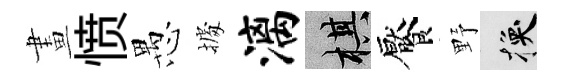
畫愤愚𢴃漓棋饜野换